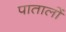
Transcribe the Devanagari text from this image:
पातालों